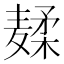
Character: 𱋣